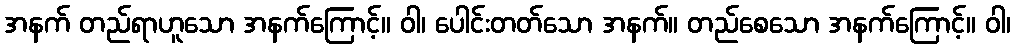
အနက် တည်ရာဟူသော အနက်ကြောင့်။ ဝါ၊ ပေါင်းတတ်သော အနက်။ တည်စေသော အနက်ကြောင့်။ ဝါ၊